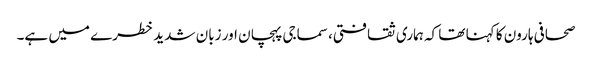
صحافی ہارون کا کہنا تھا کہ ہماری ثقافتی، سماجی پہچان اور زبان شدید خطرے میں ہے۔